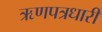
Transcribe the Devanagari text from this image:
ऋणपत्रधारी